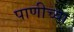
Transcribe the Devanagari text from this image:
पाणीच्या